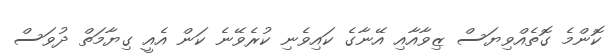
ކޮންމެ ގޮތެއްވިޔަސް ޒިވާއާއި އޭނާގެ ކައިވެނި ކުރެވޭނެ ކަން އެއީ ގިޔާމަތް ދުވަސް